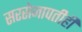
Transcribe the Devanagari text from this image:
सरसेनापतीही